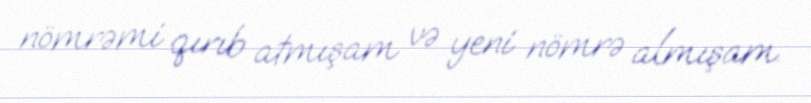
nömrəmi qırıb atmışam və yeni nömrə almışam.